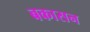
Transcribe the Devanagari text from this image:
बकासन